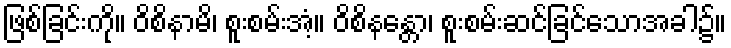
ဖြစ်ခြင်းကို။ ဝိစိနာမိ၊ စူးစမ်းအံ့။ ဝိစိနန္တော၊ စူးစမ်းဆင်ခြင်သောအခါ၌။